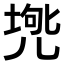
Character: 𠒟